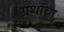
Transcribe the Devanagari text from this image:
ग्रथांचा